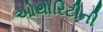
ઓથોરિટીની